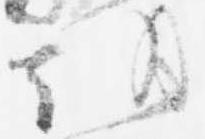
朝